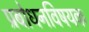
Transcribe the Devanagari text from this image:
प्रबोधनविषयक